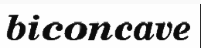
biconcave